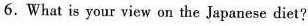
6.What is your view on the Japanese diet?